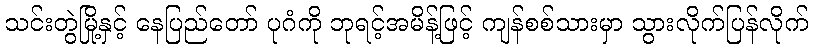
သင်းတွဲမြို့နှင့် နေပြည်တော် ပုဂံကို ဘုရင့်အမိန့်ဖြင့် ကျန်စစ်သားမှာ သွားလိုက်ပြန်လိုက်